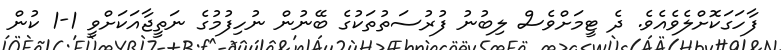
ފާހަގަކޮށްލެވެއެވެ. ދެ ޓީމަށްވެސް ލިބުނު ފުރުސަތުތަކުގެ ބޭނުން ނުހިފުމުގެ ނަތީޖާއަކަށްވީ 1-1 ކުން